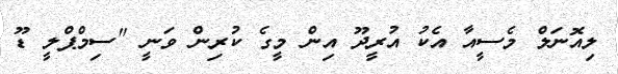
ލިއޮނަލް މެސީއާ އެކު އުރީދޫ އިން މީގެ ކުރިން ވަނީ "ސިމްޕްލީ ޑޫ